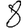
Digit: 8